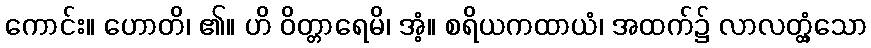
ကောင်း။ ဟောတိ၊ ၏။ ဟိ ဝိတ္တာရေမိ၊ အံ့။ စရိယကထာယံ၊ အထက်၌ လာလတ္တံ့သော